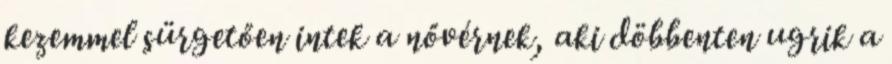
kezemmel sürgetően intek a nővérnek, aki döbbenten ugrik a